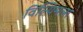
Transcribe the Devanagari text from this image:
विल्यिमला